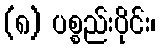
(၈) ပစ္စည်းပိုင်း၊